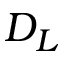
D _ { L }